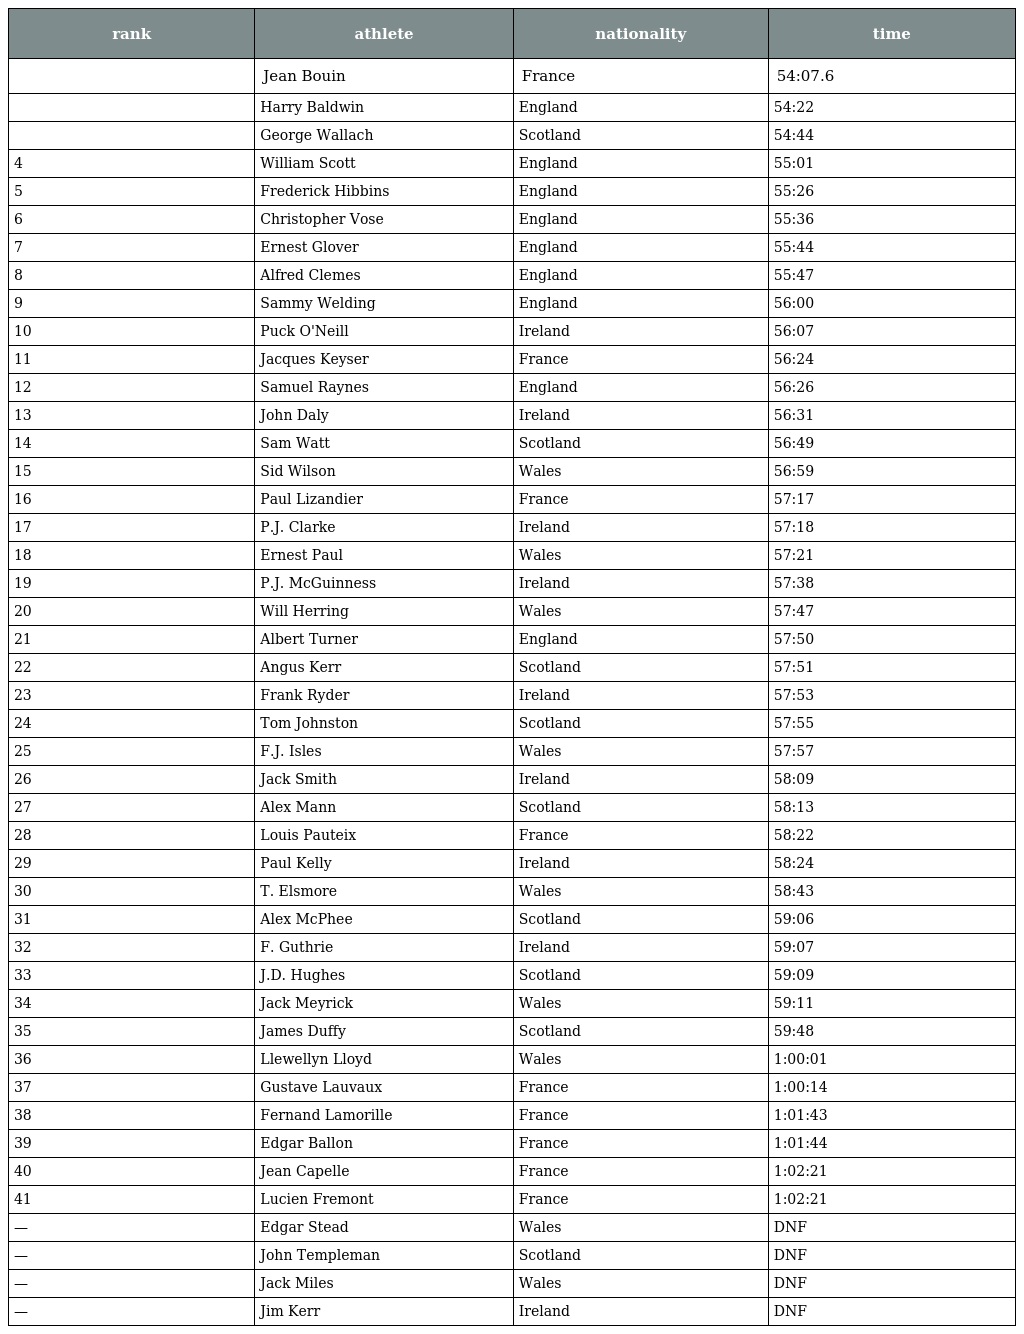
| rank | athlete | nationality | time |
 | --- | --- | --- | --- |
 |  | Jean Bouin | France | 54:07.6 |
 |  | Harry Baldwin | England | 54:22 |
 |  | George Wallach | Scotland | 54:44 |
 | 4 | William Scott | England | 55:01 |
 | 5 | Frederick Hibbins | England | 55:26 |
 | 6 | Christopher Vose | England | 55:36 |
 | 7 | Ernest Glover | England | 55:44 |
 | 8 | Alfred Clemes | England | 55:47 |
 | 9 | Sammy Welding | England | 56:00 |
 | 10 | Puck O'Neill | Ireland | 56:07 |
 | 11 | Jacques Keyser | France | 56:24 |
 | 12 | Samuel Raynes | England | 56:26 |
 | 13 | John Daly | Ireland | 56:31 |
 | 14 | Sam Watt | Scotland | 56:49 |
 | 15 | Sid Wilson | Wales | 56:59 |
 | 16 | Paul Lizandier | France | 57:17 |
 | 17 | P.J. Clarke | Ireland | 57:18 |
 | 18 | Ernest Paul | Wales | 57:21 |
 | 19 | P.J. McGuinness | Ireland | 57:38 |
 | 20 | Will Herring | Wales | 57:47 |
 | 21 | Albert Turner | England | 57:50 |
 | 22 | Angus Kerr | Scotland | 57:51 |
 | 23 | Frank Ryder | Ireland | 57:53 |
 | 24 | Tom Johnston | Scotland | 57:55 |
 | 25 | F.J. Isles | Wales | 57:57 |
 | 26 | Jack Smith | Ireland | 58:09 |
 | 27 | Alex Mann | Scotland | 58:13 |
 | 28 | Louis Pauteix | France | 58:22 |
 | 29 | Paul Kelly | Ireland | 58:24 |
 | 30 | T. Elsmore | Wales | 58:43 |
 | 31 | Alex McPhee | Scotland | 59:06 |
 | 32 | F. Guthrie | Ireland | 59:07 |
 | 33 | J.D. Hughes | Scotland | 59:09 |
 | 34 | Jack Meyrick | Wales | 59:11 |
 | 35 | James Duffy | Scotland | 59:48 |
 | 36 | Llewellyn Lloyd | Wales | 1:00:01 |
 | 37 | Gustave Lauvaux | France | 1:00:14 |
 | 38 | Fernand Lamorille | France | 1:01:43 |
 | 39 | Edgar Ballon | France | 1:01:44 |
 | 40 | Jean Capelle | France | 1:02:21 |
 | 41 | Lucien Fremont | France | 1:02:21 |
 | — | Edgar Stead | Wales | DNF |
 | — | John Templeman | Scotland | DNF |
 | — | Jack Miles | Wales | DNF |
 | — | Jim Kerr | Ireland | DNF |